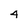
Character: 4